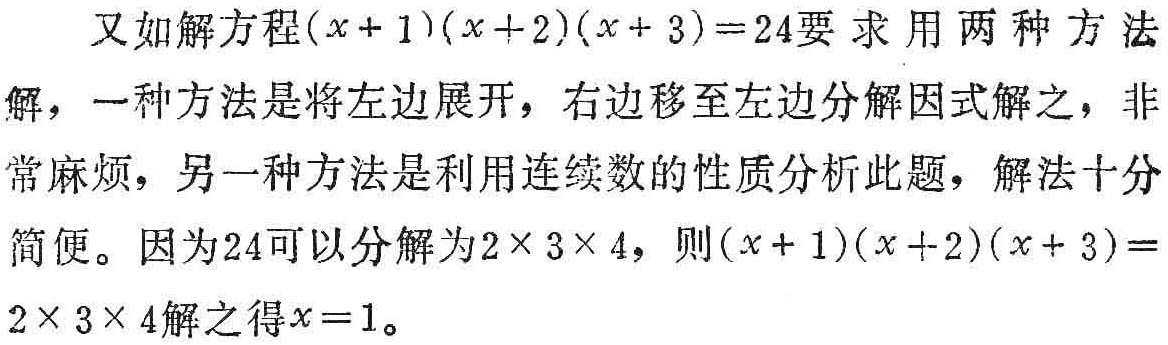
又如解方程\((x + 1)(x + 2)(x + 3)=24\)要求用两种方法解，一种方法是将左边展开，右边移至左边分解因式解之，非常麻烦，另一种方法是利用连续数的性质分析此题，解法十分简便。因为\(24\)可以分解为\(2\times 3\times 4\)，则\((x + 1)(x + 2)(x + 3)=2\times 3\times 4\)解之得\(x = 1\)。